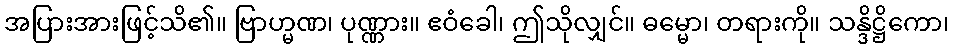
အပြားအားဖြင့်သိ၏။ ဗြာဟ္မဏ၊ ပုဏ္ဏား။ ဧဝံခေါ၊ ဤသိုလျှင်။ ဓမ္မော၊ တရားကို။ သန္ဒိဋ္ဌိကော၊